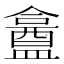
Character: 盫